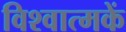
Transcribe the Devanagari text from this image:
विश्वात्मकें